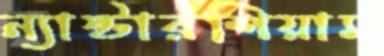
ন্যাস্টারশিয়াম